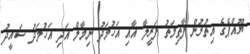
ޔޫއްޕެގެ އިތުރުން ފާތިމަތު ފަރީލާ އާއި އަހުމަދު ނިމާލް އަދި އަހުމަދު ސައީދު